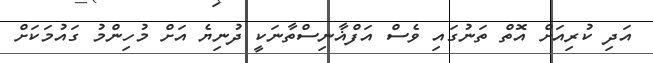
އަދި ކުރިއަށް އޮތް ތަނުގައި ވެސް އަފްޣާނިސްތާނަކީ ދުނިޔެ އަށް މުހިންމު ގައުމަކަށް